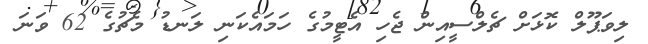
ލިވަޕޫލް ކޮޅަށް ޗެލްސީއިން ޖެހި އެޓީމުގެ ހަމައެކަނި ލަނޑު މެޗުގެ 62 ވަނަ